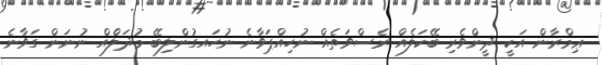
ޢިމްރާން އަކީ ދީންވެރި ބޭކަލެއް ރެސްވަތެއް ނުހިއްޕަވާނެ ނުހައގުންލިބޭ މުދަލެްއް ނުނަން ގަވާނެ